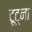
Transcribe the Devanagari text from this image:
टूट्ना